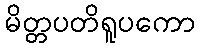
မိတ္တပတိရူပကော